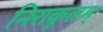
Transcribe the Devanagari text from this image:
निराकुलम्